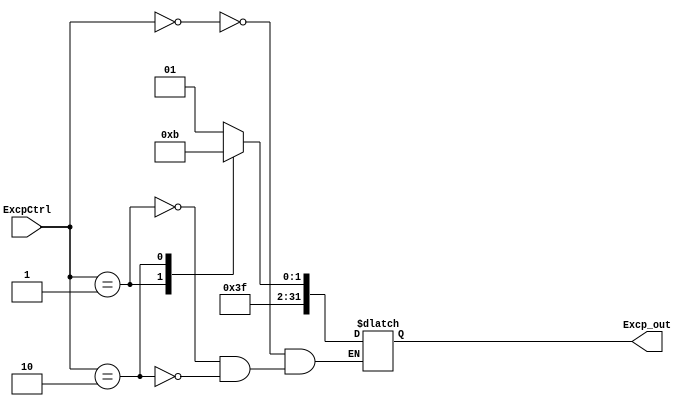
module ExceptionsCtrl (
input wire[1:0] ExcpCtrl,
output reg[31:0] Excp_out
);

parameter S0 = 0, S1 = 1, S2 = 2;
always @(*) begin
	case(ExcpCtrl)
		S0:
			Excp_out <= 32'd253;
		S1:
			Excp_out <= 32'd254;
		S2:
			Excp_out <= 32'd255;
	endcase
end

endmodule